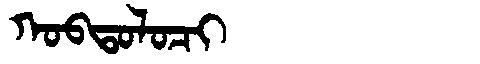
Manchu: ᡴᠣᠪᡨᠣᠯᠣᠴᡳ
Romanization: KOBTOLOCI